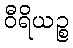
ဝီရိယဉ္စ